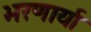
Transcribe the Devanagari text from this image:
भरणार्या